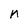
Character: n